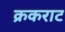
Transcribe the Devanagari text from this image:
क्रकराट